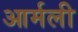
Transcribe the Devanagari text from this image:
आर्मली